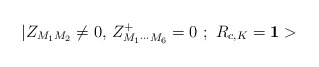
\begin{align*}|Z_{M_1M_2}\neq 0,\,Z_{M_1\cdots M_6}^{+}=0\,\,;\,\,R_{c,K}={\bf 1>}\end{align*}